Vaccination North-Western Provinces and Oudh 1896-1901 - 1896-1901
Year: 1896
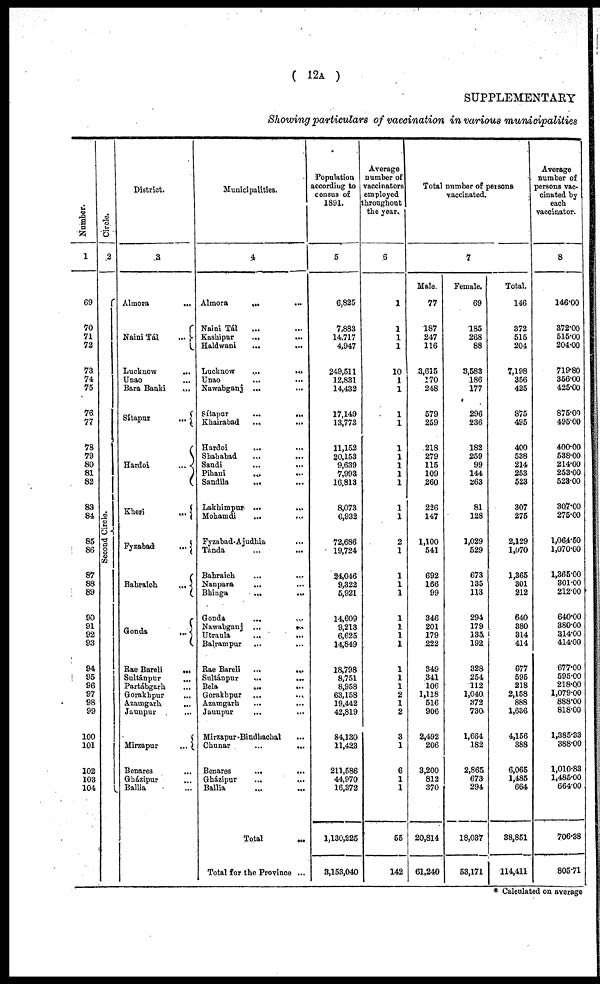
( 12A )
SUPPLEMENTARY
Showing particulars of vaccination in various municipalities
Number.
1
69
70
71
72
73.
74
75
76
77
78
79
80
81
82
83
84
85
86
87
88
89
90
91
92
93
94
95
96
97
98
99
100
101
102
103
104
Circle.
2
Second Circle.
District.
3
Almora
...
Naini Tál
...
Lucknow ...
Unao ...
Bara Banki
...
Sítapur
...
Hardoi
...
Kheri
...
Fyzabad
...
Bahraich
...
Gonda
...
Rae Bareli
...
Sultánpur
...
Partábgarh ...
Gorakhpur ...
Azamgarh
...
Jaunpur ...
Mirzapur
...
Benares ...
Gházipur ...
Ballia ...
Municipalities.
4
Almora
...
...
Naini Tál ... ...
Kashipur
... ...
Haldwani ... ...
Lucknow ... ...
Unao
...
...
Nawabganj ... ...
Sítapur
...
...
Khairabad ... ...
Hardoi
...
...
Shahabad
...
...
Sandi ... ...
Pihani
...
...
Sandila
... ...
Lakhimpur
...
...
Mohamdi
...
...
Fyzabad-Ajudhia ...
Tánda
... ...
Bahraich
...
...
Nanpara ... ...
Bhinga
...
...
Gonda
...
...
Nawabganj ...
...
Utraula
...
...
Balrampur
... ...
Rae Bareli
...
...
Sultánpur
...
...
Bela
...
...
Gorakhpur ... ...
Azamgarh
...
...
Jaunpur ... ...
Mirzapur-Bindhachal ...
Chunar
...
...
Benares
...
...
Gházipur
...
...
Ballia ... ...
Total
...
Total for the Province ...
Population
according to
census of
1891.
5
6,825
7,883
14,717
4,947
249,511
12,831
14,432
17,149
13,773
11,152
20,153
9,639
7,993
16,813
8,073
6,932
72,686
19,724
24,046
9,322
5,921
14,609
9,213
6,625
14,849
18,798
8,751
8,958
63,158
19,442
42,819
84,130
11,423
211,586
44,970
16,372
1,130,225
3,153,040
Average
number of
vaccinators
employed
throughout
the year.
6
1
1
1
1
10
1
1
1
1
1
1
1
1
1
1
1
2
1
1
1 1
1
1
1
1
1
1
1
2
1
2
3
1
6
1
1
55
142
Total number of persons
vaccinated.
7
Male.
77
187
247
116
3,615
170
248
579
259
218
279
115
109
260
226
147
1,100
541
692
166
99
346
201
179
222
349
341
106
1,118
516
906
2,492
206
3,200
812
370
20,814
61,240
Female.
69
185
268
88
3,583
186
177
296
236
182
259
99
144
263
81
128
1,029
529
673
135
113
294
179
135
192
328
254
112
1,040
372
730
1,664
182
2,865
673
294
18,037
53,171
Total.
146
372
515
204
7,198
356
425
875
495
400
538
214
253
523
307
275
2,129
1,070
1,365
301
212
640
380
314
414
677
595
218
2,158
888
1,636
4,156
388
6,065
1,485
664
38,851
114,411
Average
number of
persons vac¬
cinated by
each
vaccinator.
8
146.00
372.00
515.00
204.00
719.80
356.00
425.00
875.00
495.00
400.00
538.00
214.00
253.00
523.00
307.00
275.00
1,064.50
1,070.00
1,365.00
301.00
212.00
640.00
380.00
314.00
414.00
677.00
595.00
218,00
1,079.00
888.00
818.00
1,385.33
388.00
1,010.83
1,485.00
664.00
706.38
805.71
* Calculated on average